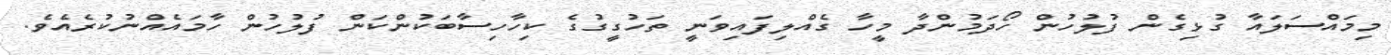
މިމައްސަލައާ ގުޅިގެން ފުލުހުން ހޯދަމުންދާ މީހާ ގެއްލިފައިވަނީ ތަހުގީގުގެ ކިހާހިސާބަކުންކަން ފުލުހުން ހާމައެއްނުކުރެއެވެ.